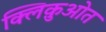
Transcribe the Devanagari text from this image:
क्लिक़ुओत